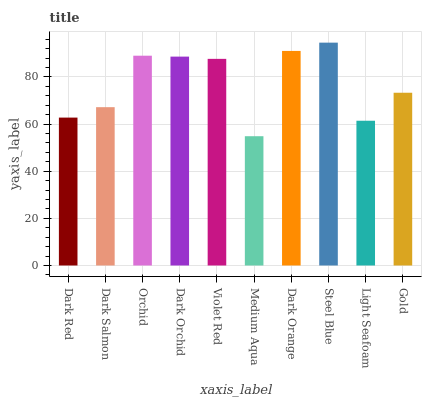
| xaxis_label | bars |
 | --- | --- |
 | Dark Red | 62.8 |
 | Dark Salmon | 67.2 |
 | Orchid | 89 |
 | Dark Orchid | 88.7 |
 | Violet Red | 87.7 |
 | Medium Aqua | 54.9 |
 | Dark Orange | 91.1 |
 | Steel Blue | 94.6 |
 | Light Seafoam | 61.4 |
 | Gold | 73.3 |